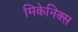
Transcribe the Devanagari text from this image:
मिकेनिक्स